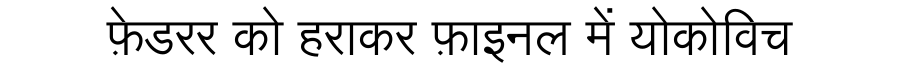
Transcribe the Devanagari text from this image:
फ़ेडरर को हराकर फ़ाइनल में योकोविच